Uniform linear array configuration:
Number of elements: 48
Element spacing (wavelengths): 1
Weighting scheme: hann
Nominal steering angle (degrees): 30
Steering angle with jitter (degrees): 29.564
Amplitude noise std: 0.05
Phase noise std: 0.05

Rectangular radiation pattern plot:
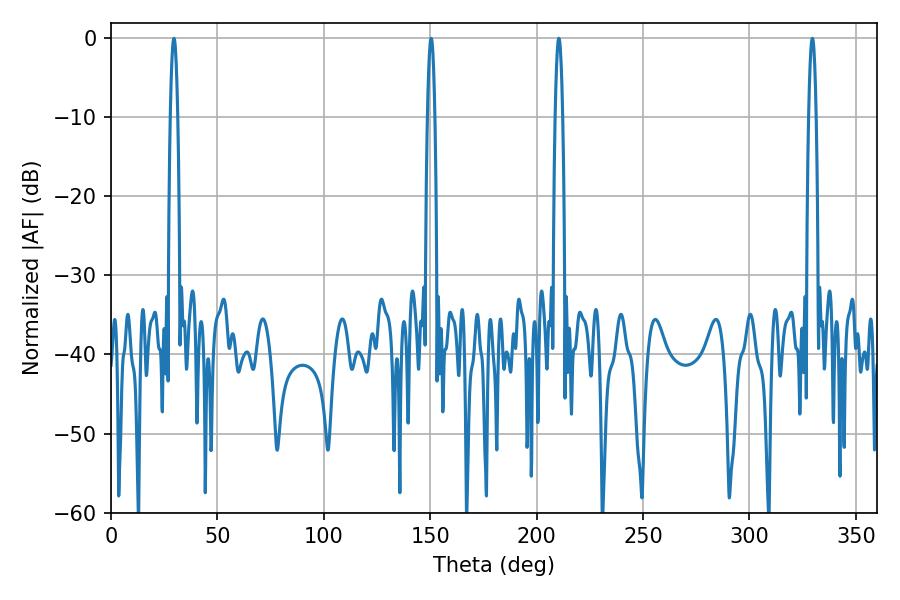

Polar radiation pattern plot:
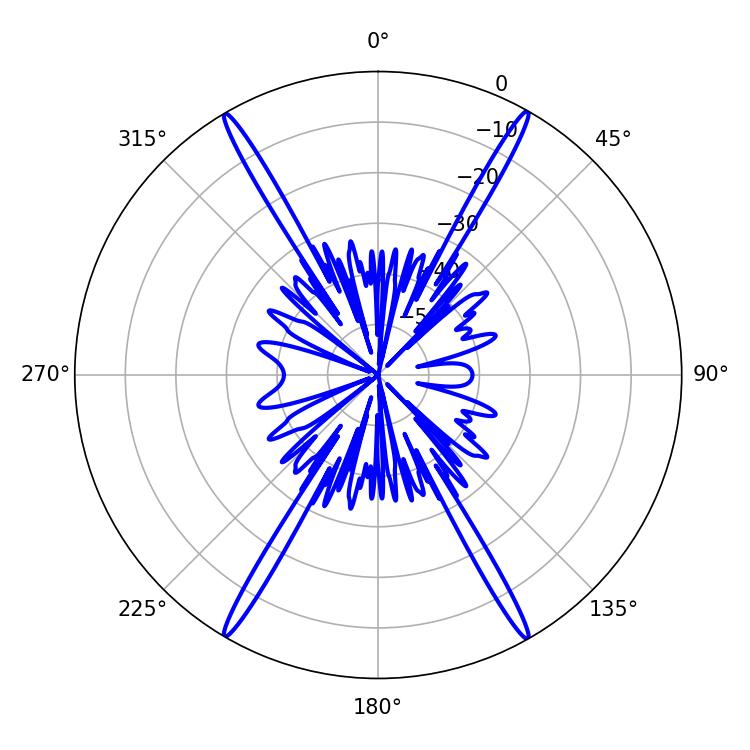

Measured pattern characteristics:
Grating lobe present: TRUE
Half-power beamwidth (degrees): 1.8
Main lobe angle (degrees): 210.42